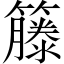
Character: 籐